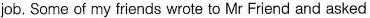
job. Some of my friends wrote to Mr Friend and asked